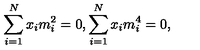
\sum _ { i = 1 } ^ { N } x _ { i } m _ { i } ^ { 2 } = 0 , \sum _ { i = 1 } ^ { N } x _ { i } m _ { i } ^ { 4 } = 0 ,